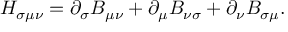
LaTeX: H _ { \sigma \mu \nu } = \partial _ { \sigma } B _ { \mu \nu } + \partial _ { \mu } B _ { \nu \sigma } + \partial _ { \nu } B _ { \sigma \mu } .